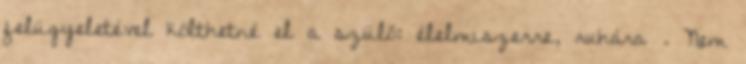
felügyeletével költhetné el a szülő: élelmiszerre, ruhára . Nem